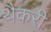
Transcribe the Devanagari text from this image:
थैकरी